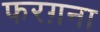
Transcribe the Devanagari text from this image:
फरग़ना